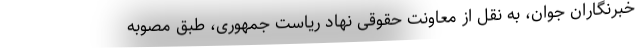
خبرنگاران جوان، به نقل از معاونت حقوقی نهاد ریاست جمهوری، طبق مصوبه